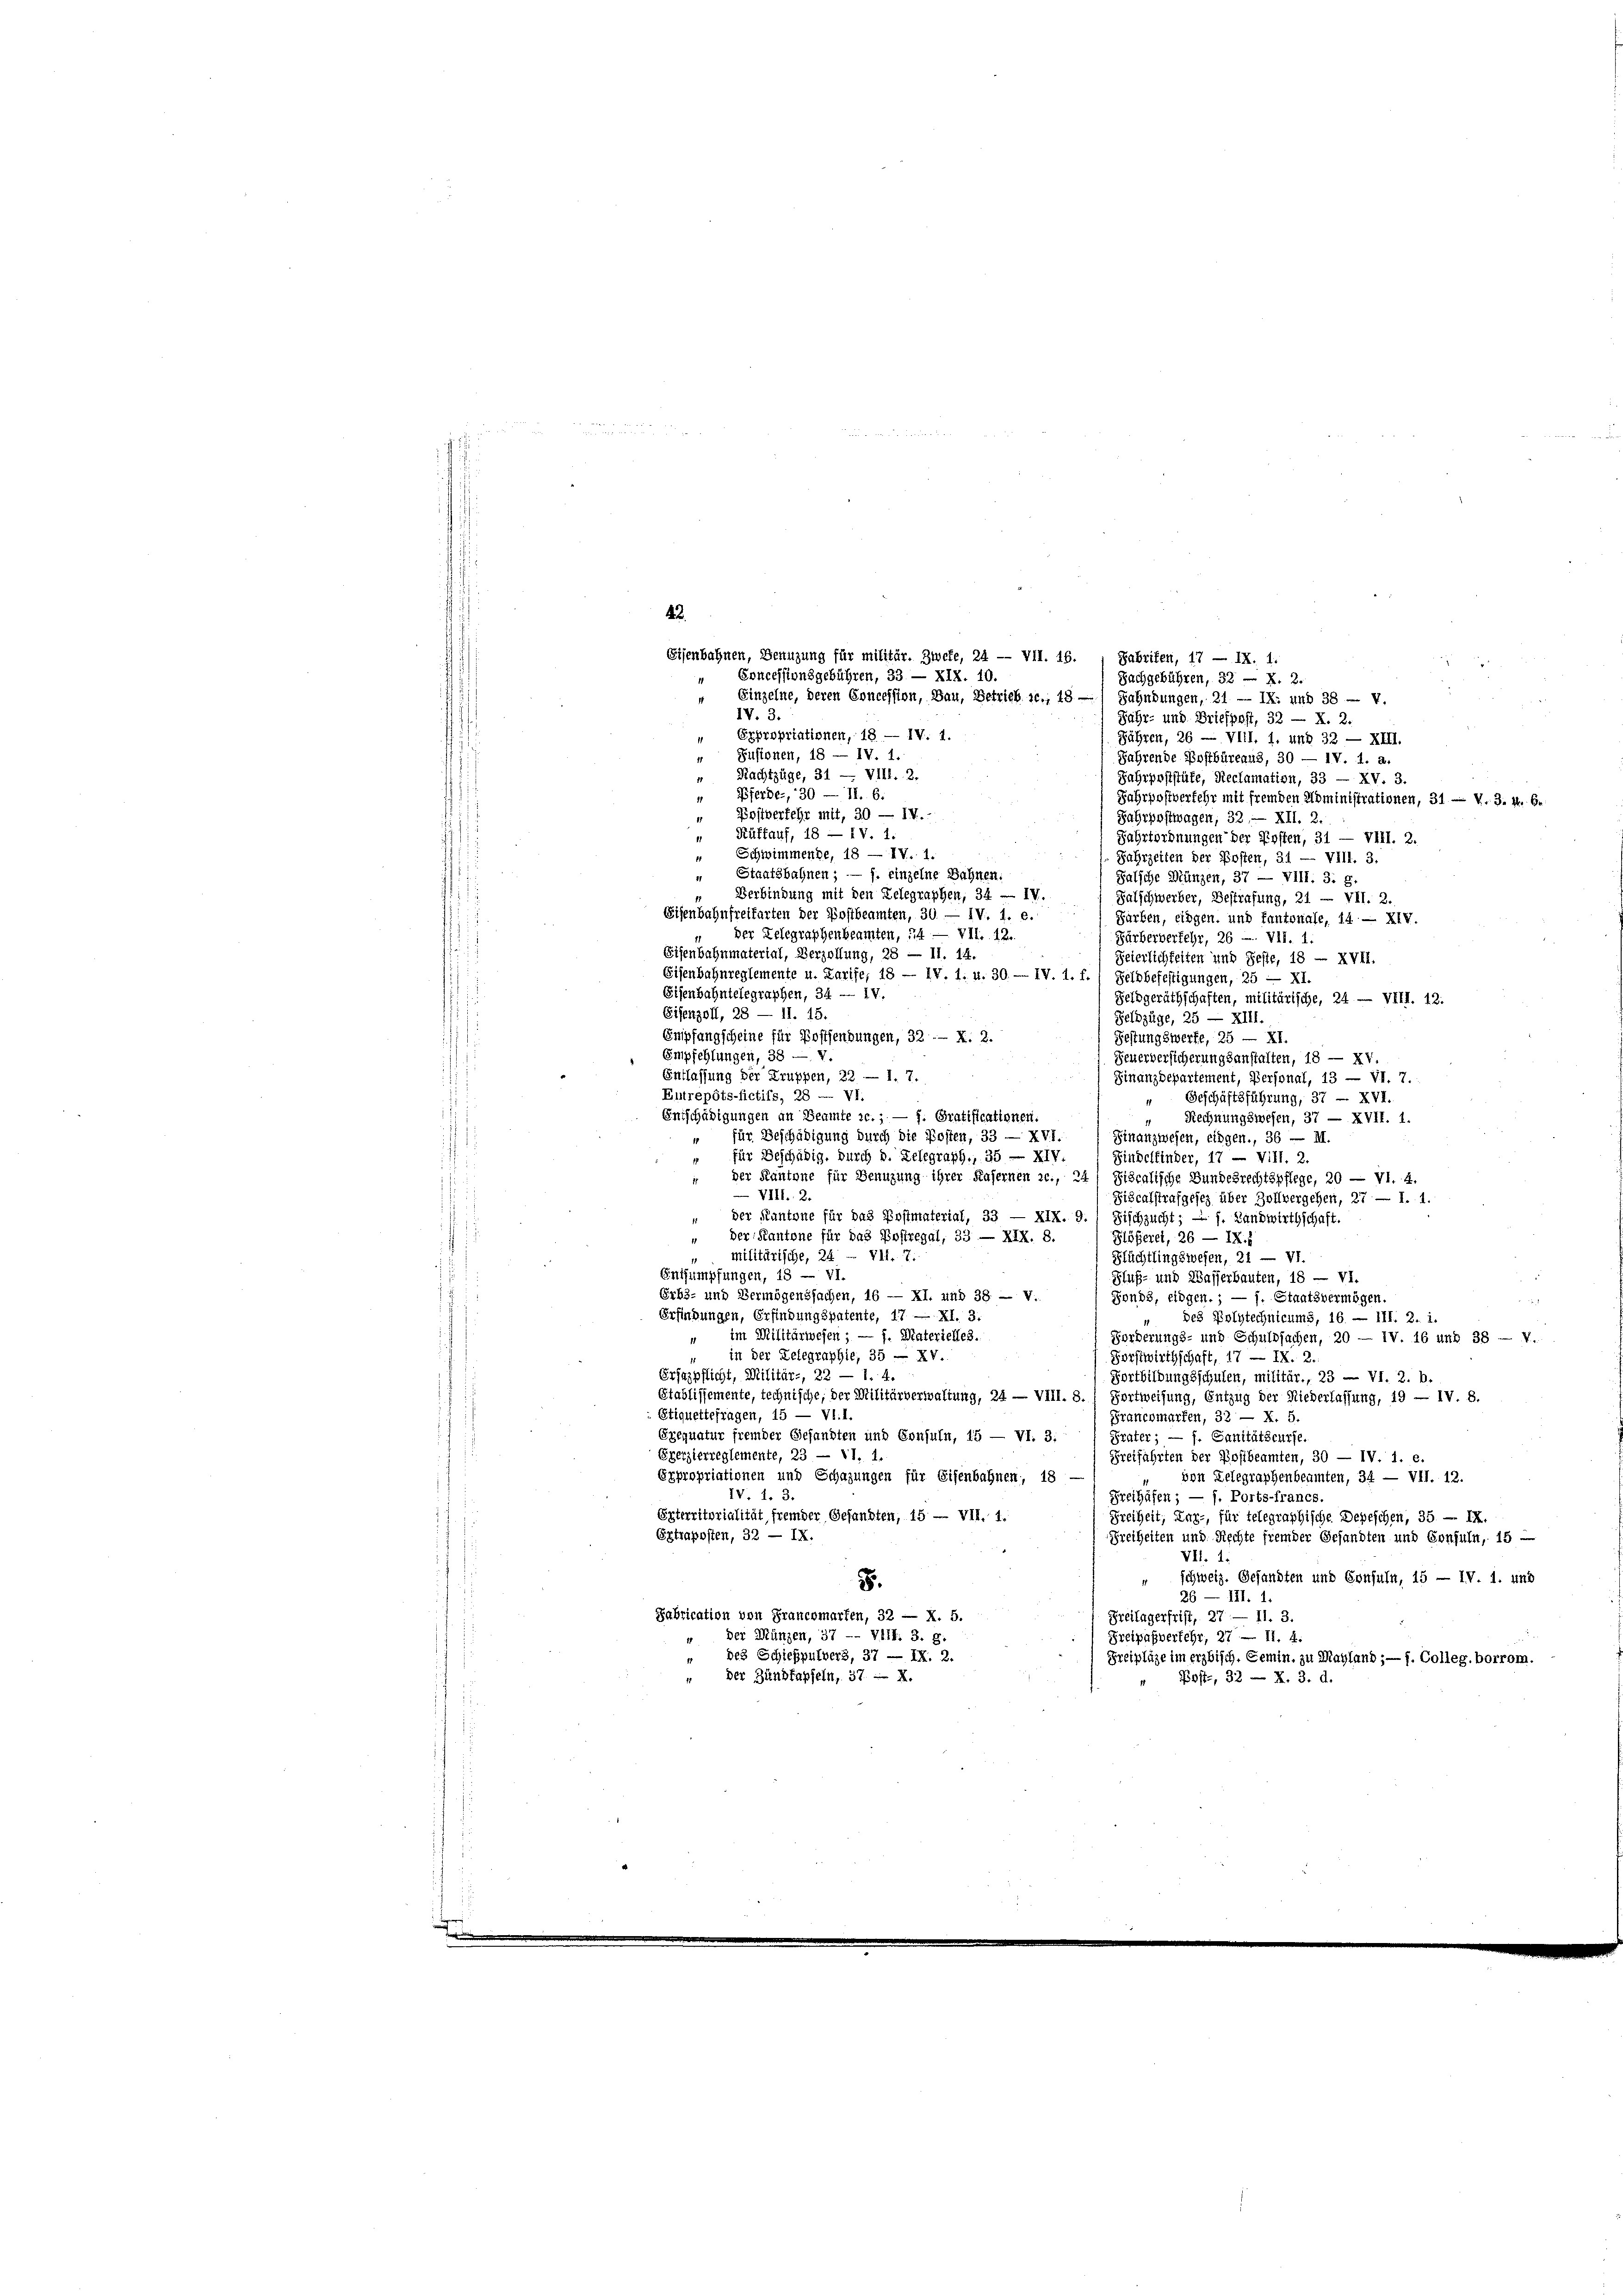
43.
Eisenbahnen, Benuzung für militär. Zweke, 24 — VII. 16.  Fabriten, 17 — IX. 1.
" Einzelne, deren Concession, Bau, Betrieb ic., 18 / Sahndungen, 21. — IX: und 38 — V.
IV. 3.
Jahr- und Briefpost, 32 — X. 2.
Expropriationen, 18. — IV. 1.
Fähren, 26 — VIII, 1. und 32 — XIII.
4 Fusionen, 18 — IV. 1.
Jahrende Postbüreaus, 30 — IV. i. a.
" Nachtzüge, 31 — VIII. 2.
Jahrpoststüfe, Reclamation, 33 — XV. 3.
" Pferde-, 30 — 11. 6.
Fahrpostverfehr mit fremden Noministrationen, 31 — V. 3. 4. 6
„ Postverfehr mit, 30 — IV.
Fahrpostwagen, 32. — XII. 2.
Rüffauf, 18 — IV. 1.
Fahrtordnungen der Posten, 31 — VIII. 2.
" Schwimmende, 18 — IV. 1.
Jahrzeiten der Posten, 31 — VIII. 3.
" Staatsbahnen; — J. einzelne Bahnen.
Falsche Mänzen, 37 — VIII. 3. g.
" Verbindung mit den Zelegraphen, 34 — IV.
Falschwerber, Bestrafung, 21 — VII. 2.
Eisenbahnfreifarten der Postbeamten, 30. — IV. 1. e.
Farben, eingen, und fantonale, 14 — XIV.
Z 28
der Relegraphenbeamten, u. — VII. 12.
Färberverkehr, 26 u. VII. 1.
Eisenbahnmaterial, Verzollung, 28 — 11. 14.
Feierlichkeiten und Feste, 18 - XVII.
Eisenbahnreglemente u. Larife, 18 — IV. 1. u. 30. — IV. 1. f.) Selobefestigungen, 25 — XI.
Eisenbahntelegraphen, 34 — IV.
Geldgeräthschaften, militärische, 24 — VIII. 12.
Eifenzoll, 28 — 11. 15.
Feldzüge, 25 — XIII.
Empfangscheine für Postsendungen, 32. X. 2.
Festungswerfe, 25 — XI.
Empfehlungen, 38 — v.
Feuerversicherungsanstalten, 18 — XV.
Entlassung der Truppen, 22 — 1. 7.
Finanzdepartement, Personal, 13 — VI. 7.
Entrepôts-fictifs, 28 — VI.
“ Geschäftsführung, 37 - XVI.
Entschädigungen an Beamte sc. ; — f. Gratificationen.
" Rechnungswesen, 37 — XVII. 1.
" für Beschädigung durch die Kosten, 33 — XVI.
Finanzwesen, eidgen., 36 — M.
für Beschädig, durch d. Gelegraph., 35 — XIV
Sindelfinder, 17 — Vill. 2.
der Kantone für Benuzung ihrer Kasernen ac., 24) Ziscalische Bundesrechtspflege, 20 — VI. 4.
 VIII. 2.
Fiscalstrafgesez über Zollvergehen, 27 — 1. 1.
“ der Kantone für das Postmaterial, 33 — XIX. 9.) Fischzucht; — f. Landwirthschaft.
" Der Kantone für das Postregal, 33 — XIX. 8.
Blößeret, 26 — IX 1
militärische, 24 - VII. 7.
Blüchtlingswesen, 21 — VI.
Entsumpfungen, 18 — VI.
Fluß- und Wasserbauten, 18 — VI.
Erbs- und Vermögenssachen, 16 — XI. und 38. — V.
Fonds, eidgen.; — f. Staatsvermögen.
Erfindungen, Erfindungspatente, 17 — XI. 3.
des Polytechnicums, 16. — III. Z. i.
" im Militärwesen; — 1. Materielles.
Forderungs- und Schuldsachen, 20 — IV. 16 und 38 — V.
in der Delegraphie, 35 — XV.
Forstwirthschaft, 17 — IX. 2.
Erjazpflicht, Militär-, 22 — 1. 4.
Fortbildungsschulen, militär., 23 — VI. 2. b.
Stablissemente, technische, der Militärverwaltung, 24 — vill. 8. Fortweisung, Entzug der Niederlassung, 19 — IV. 8.
Stiquettefragen, 15 — VI. I.
Franchmarfen, 32 — X. 5.
Exequatur fremder Gesandten und Consuln, 15 — VI. 3.) Frater; — f. Sanitätscurse.
Eperzierreglemente, 23 — 11. 1.
Freifahrten der Vollbeamten, 30 — IV. i. e.
Expropriationen und Schazungen für Eisenbahnen, 18
von Delegraphenbeamten, 34 — VII. 12.
IV. 1. 3.
Freihafen; — j. Ports-Francs
Exterritorialität fremder Gesandten, 15 — VII. 1.
Freiheit; Inz-, für telegraphische Depeschen, 35. — IX.
Extraposten, 32 — IX.
Freiheiten und Rechte fremder Gesandten und Consuln, 15 —
VII. 1.
schweiz. Gesandten und Confuln, 15 — IV. 1. und
8.
26 — III. 1.
Fabrication von Francomarfen, 32 — X. 5.
Freilagerfrist, 27 — 11. 3.
Der Münzen, 37 -- VIII. 3. g.
Freipasverfehr, 27 — II. 4.
" des Schießpulvers, 37 — IX. 2.
Freipläge im erzbisch. Gemin, zu Mayland, — f. Colleg, borrom.
" Der Zündfapfeln, 37. -- X.
Post, 32 — R. 3. d.

Concessionsgebühren, 33 — XIX. 10.

Sachgebühren, 32 — X. 2.